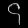
Digit: ၄